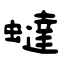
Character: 蟽